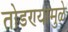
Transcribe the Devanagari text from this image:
तोडण्यामुळे